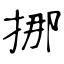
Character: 挪